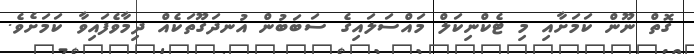
ގޮތް ނޫން ކަމަށާއި މި ޓެކްނިކަލް މައްސަލައިގެ ސަބަބުން އުނދަގޫތަކެއް ދިމާވެފައިވާ ކަމަށެވެ.